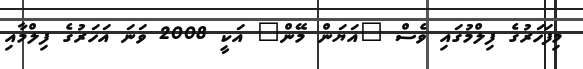
މިފަހަރުގެ ފިލްމުގައި ވެސް "އަޔަން މޭން" އަކީ 2008 ވަނަ އަހަރުގެ ފިލްމާއި